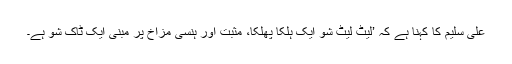
علی سلیم کا کہنا ہے کہ ’لیٹ لیٹ شو ایک ہلکا پھلکا، مثبت اور ہنسی مزاخ پر مبنی ایک ٹاک شو ہے۔